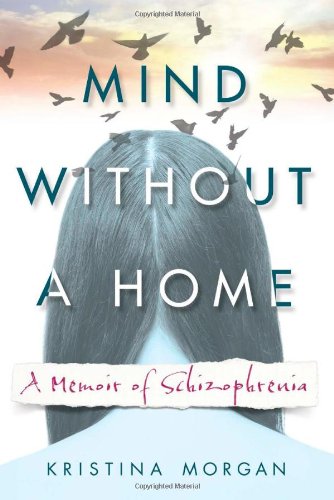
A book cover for Mind Without a Home: A Memoir of Schizophrenia; Kristina Morgan; Health, Fitness & Dieting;